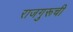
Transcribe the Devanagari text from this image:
राजगुरूची